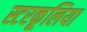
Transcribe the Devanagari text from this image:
स्टरकूलिया